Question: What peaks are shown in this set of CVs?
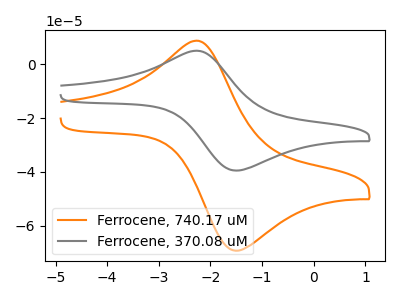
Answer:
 <answer>The orange curve "Ferrocene, 740.17 uM" has an anodic peak at (-2.25V, 8.65uA) and a cathodic peak at (-1.50V, -69.25uA). The gray curve "Ferrocene, 370.08 uM" has an anodic peak at (-2.25V, 4.95uA) and a cathodic peak at (-1.50V, -39.50uA).</answer>
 <eval></eval>